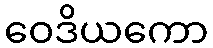
ဝေဒိယကော